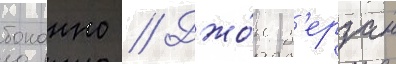
бонанно // Джо́н з'ерзан